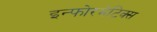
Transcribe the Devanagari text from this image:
इन्फोरमेटिक्स